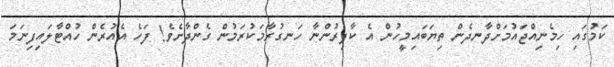
ކަމުގައި ހިމެނިއްޖައުމަށްދާނދެން ތިޔަބައިމީހުން އެ ކާފިރުންނާ ހަނގުރާމަކުރަމުން ގެންދާށެވެ! ފަހެ އެއުރެން ހުއްޓާލައިފިނަމަ